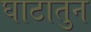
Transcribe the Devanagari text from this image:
घाटातुन